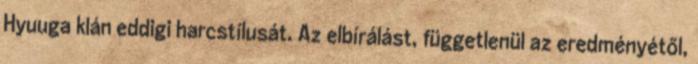
Hyuuga klán eddigi harcstílusát. Az elbírálást, függetlenül az eredményétől,